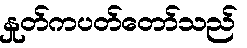
နှုတ်ကပတ်တော်သည်